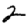
Digit: 2